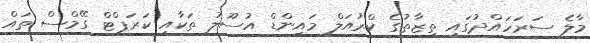
މާލެ ސަރަހައްދުގައި ތިޒާތުގެ ކްރުއަލް މައިންޑް އުސޫލު ތަކާއި ކަރަޕްޓް ގޭމްސް ތައް